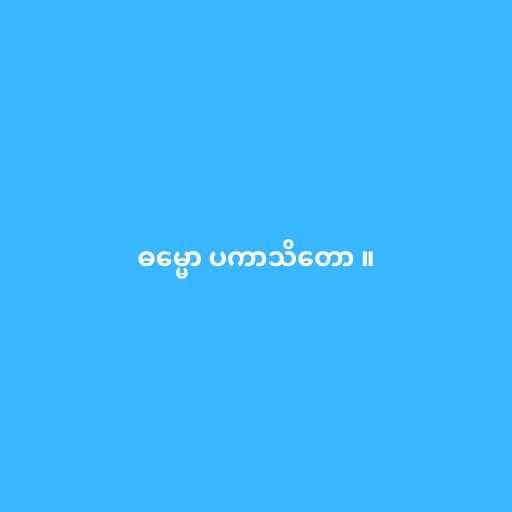
ဓမ္မော ပကာသိတော ။